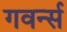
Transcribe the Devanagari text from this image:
गवर्न्स